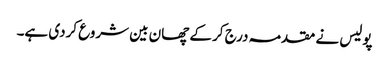
پولیس نے مقدمہ درج کر کے چھان بین شروع کردی ہے۔